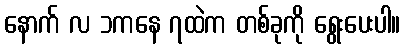
နောက် လ ၁ကနေ ၇ထဲက တစ်ခုကို ရွေးပေးပါ။